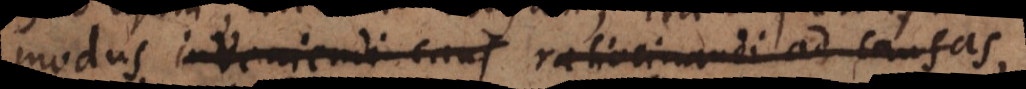
modus inveniendi caus ratiocinandi ad causas,